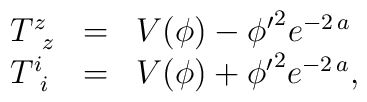
\left.   \begin{array}{lcl}T^{z}_{\;\; z} &=&  V(\phi)  - {{{{{\phi'}}^2}} {{e^{-2\,a}}}}\\T^{i}_{\;\, i} &=&  V(\phi)+   {{{{{\phi'}}^2}} {{e^{-2\,a}}}},      \end{array}\right.